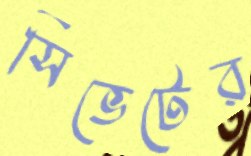
সিভেটের